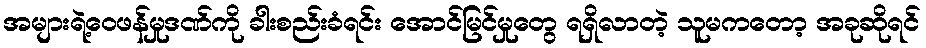
အများရဲ့ဝေဖန်မှုဒဏ်ကို ခါးစည်းခံရင်း အောင်မြင်မှုတွေ ရရှိလာတဲ့ သူမကတော့ အခုဆိုရင်